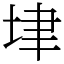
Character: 垏